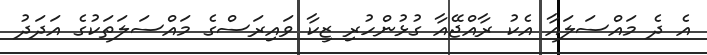
އެ ދެ މައްސަލައާ އެކު ރާއްޖޭއާ ގުޅުންހުރި ޒިކާ ވައިރަސްގެ މައްސަލަތަކުގެ އަދަދު